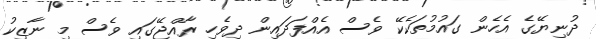
ދުނިޔޭގެ އެހެން ގައުމުތަކެކޭ ވެސް އެއްފަދައިން ދިވެހި ރާއްޖޭގައި ވެސް މި ނާޒިކު